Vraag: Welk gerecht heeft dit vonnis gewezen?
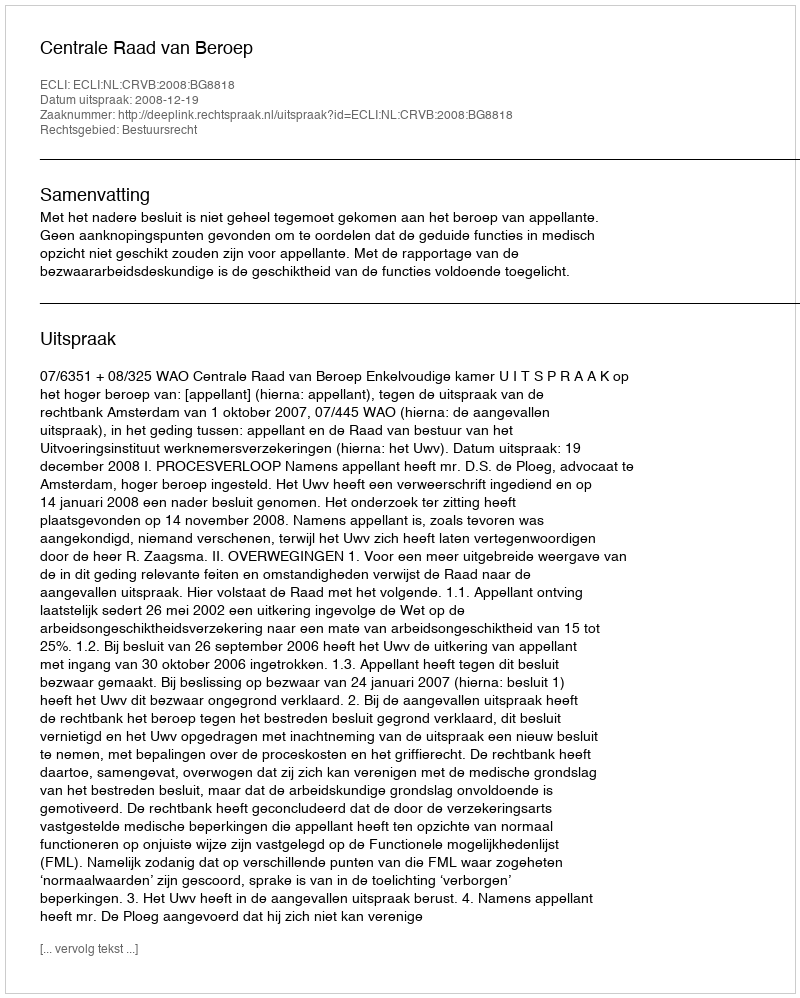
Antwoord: Centrale Raad van Beroep